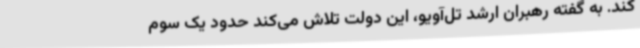
کند. به گفته رهبران ارشد تل‌آویو، این دولت تلاش می‌کند حدود یک سوم